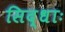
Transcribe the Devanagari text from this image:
सिद्धाः